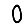
Digit: 0